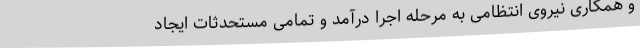
و همکاری نیروی انتظامی به مرحله اجرا درآمد و تمامی مستحدثات ایجاد